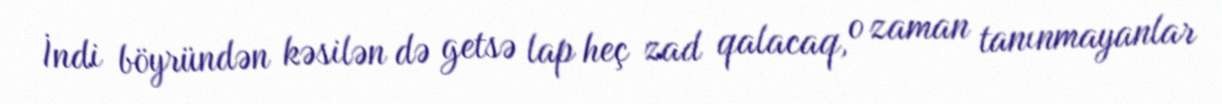
İndi böyründən kəsilən də getsə lap heç zad qalacaq, o zaman tanınmayanlar